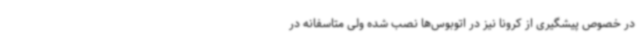
در خصوص پیشگیری از کرونا نیز در اتوبوس‌ها نصب شده ولی متاسفانه در